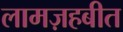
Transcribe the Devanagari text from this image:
लामज़हबीत